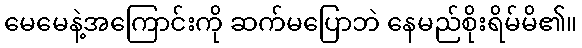
မေမေနဲ့အကြောင်းကို ဆက်မပြောဘဲ နေမည်စိုးရိမ်မိ၏။